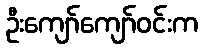
ဦးကျော်ကျော်ဝင်းက